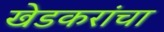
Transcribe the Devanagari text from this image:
खेडकरांचा